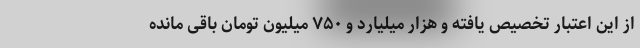
از این اعتبار تخصیص یافته و هزار میلیارد و ۷۵۰ میلیون تومان باقی مانده